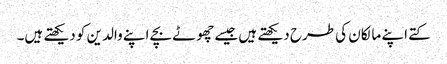
کتے اپنے مالکان کی طرح دیکھتے ہیں جیسے چھوٹے بچے اپنے والدین کو دیکھتے ہیں۔